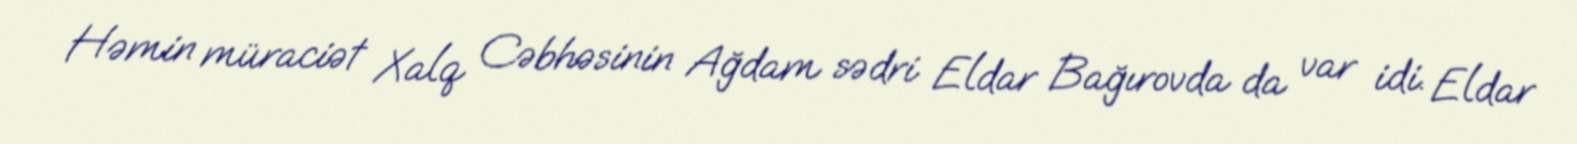
Həmin müraciət Xalq Cəbhəsinin Ağdam sədri Eldar Bağırovda da var idi. Eldar